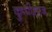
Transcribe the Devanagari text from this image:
कुप्पीसाज